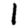
Digit: 1